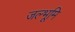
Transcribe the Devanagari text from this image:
जल्भूमि